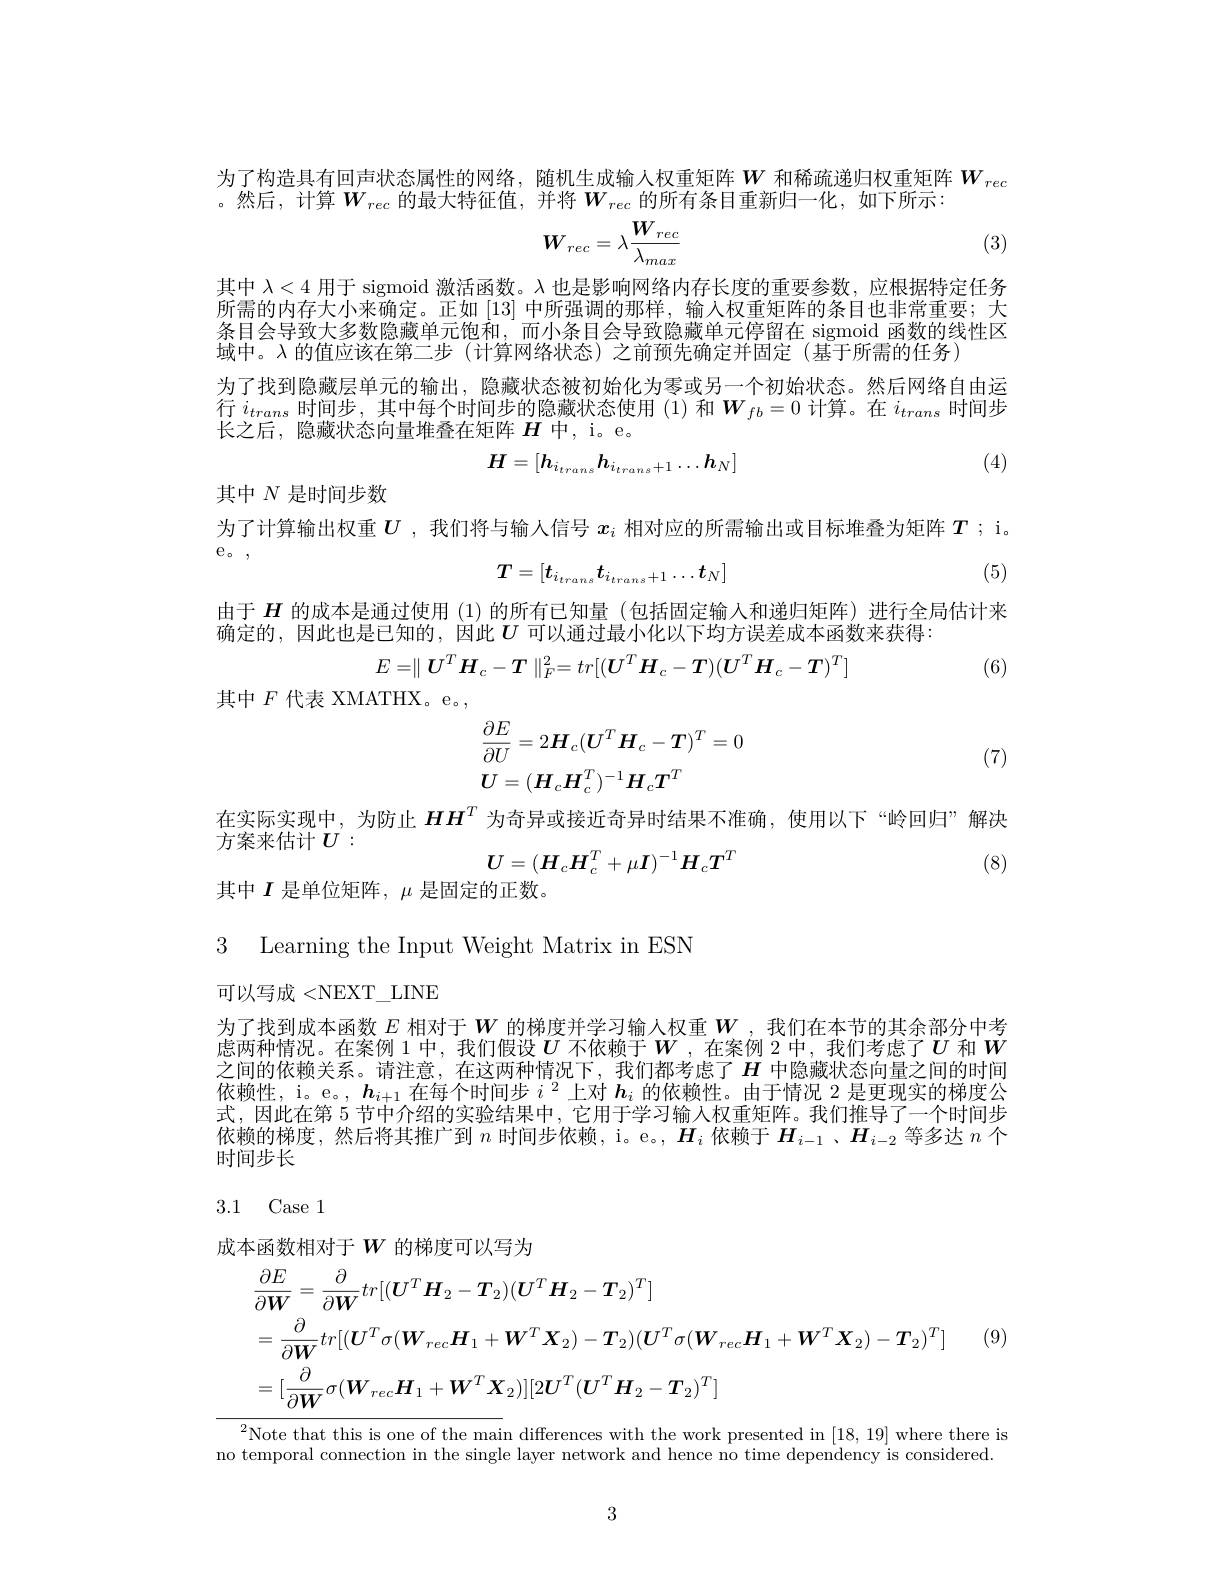
为了构造具有回声状态属性的网络，随机生成输人权重矩阵$W$ 和稀疏递归权重矩阵 $W_{rec}$
。然后，计算$W_rec$ 的最大特征值，并将$W_rec$ 的所有条目重新归一化，如下所示：
$$W_{rec}=\lambda\frac{W_{rec}}{\lambda_{max}}$$
(3)

其中$\lambda<4$用于 sigmoid 激活函数。$\lambda$也是影响网络内存长度的重要参数，应根据特定任务所需的内存大小来确定。正如[13]中所强调的那样，输入权重矩阵的条目也非常重要；大条目会导致大多数隐藏单元饱和，而小条目会导致隐藏单元停留在 sigmoid 函数的线性区域中。$\lambda$的值应该在第二步 (计算网络状态)之前预先确定并固定(基于所需的任务)
为了找到隐藏层单元的输出，隐藏状态被初始化为零或另一个初始状态。然后网络自由运行$i_trans$时间步，其中每个时间步的隐藏状态使用 (1)和$\boldsymbol W_fb=0$计算。在$i_trans$时间步长之后，隐藏状态向量堆叠在矩阵$H$中，i。e。
$$H=[h_{i_{trans}}h_{i_{trans}+1}\ldots h_N]$$
(4)

其中$N$是时间步数

为了计算输出权重$U$ ,我们将与输人信号$x_i$相对应的所需输出或目标堆叠为矩阵$T;$ i。

$\mathrm{e}_{\circ}$,

(5)
$$T=[t_{i_{trans}}t_{i_{trans}+1}\ldots t_N]$$
由于$H$的成本是通过使用 (1)的所有已知量 (包括固定输入和递归矩阵)进行全局估计来
确定的，因此也是已知的，因此$U$ 可以通过最小化以下均方误差成本函数来获得：
$$E=\parallel U^{T}H_{c}-T\parallel_{F}^{2}=tr[(U^{T}H_{c}-T)(U^{T}H_{c}-T)^{T}]$$
(6)
其中$F$代表 XMATHX。e。,
$$\begin{aligned}&\frac{\partial E}{\partial U}=2\boldsymbol{H}_{c}(\boldsymbol{U}^{T}\boldsymbol{H}_{c}-\boldsymbol{T})^{T}=0\\&\boldsymbol{U}=(\boldsymbol{H}_{c}\boldsymbol{H}_{c}^{T})^{-1}\boldsymbol{H}_{c}\boldsymbol{T}^{T}\end{aligned}$$
(7)

在实际实现中，为防止$HH^T$为奇异或接近奇异时结果不准确，使用以下“岭回归”解决

方案来估计$U:$
$$U=(H_cH_c^T+\mu I)^{-1}H_cT^T$$
(8)

其中$I$是单位矩阵，$\mu$是固定的正数。

3 Learning the Input Weight Matrix in ESN

可以写成<NEXT\_LINE

为了找到成本函数$E$相对于$W$的梯度并学习输人权重$W$ ,我们在本节的其余部分中考虑两种情况。在案例 1 中，我们假设$U$不依赖于$W$ ,在案例 2 中，我们考虑了$U$和$W$ 之间的依赖关系。请注意，在这两种情况下，我们都考虑了$H$ 中隐藏状态向量之间的时间依赖性，i。e。, $\boldsymbol{h}_{i+1}$在每个时间步$i^2$上对$\boldsymbol{h}_i$的依赖性。由于情况 2 是更现实的梯度公式，因此在第 5 节中介绍的实验结果中，它用于学习输人权重矩阵。我们推导了一个时间步依赖的梯度，然后将其推广到$n$时间步依赖，i。e。, $H_i$依赖于$H_i-1$、$H_{i-2}$等多达$n$个时间步长

## 3.1 Case 1

成本函数相对于$W$ 的梯度可以写为
$$\begin{aligned}&\frac{\partial E}{\partial\boldsymbol{W}}=\frac{\partial}{\partial\boldsymbol{W}}tr[(\boldsymbol{U}^{T}\boldsymbol{H}_{2}-\boldsymbol{T}_{2})(\boldsymbol{U}^{T}\boldsymbol{H}_{2}-\boldsymbol{T}_{2})^{T}]\\&=\frac{\partial}{\partial\boldsymbol{W}}tr[(\boldsymbol{U}^{T}\sigma(\boldsymbol{W}_{rec}\boldsymbol{H}_{1}+\boldsymbol{W}^{T}\boldsymbol{X}_{2})-\boldsymbol{T}_{2})(\boldsymbol{U}^{T}\sigma(\boldsymbol{W}_{rec}\boldsymbol{H}_{1}+\boldsymbol{W}^{T}\boldsymbol{X}_{2})-\boldsymbol{T}_{2})^{T}]\\&=[\frac{\partial}{\partial\boldsymbol{W}}\sigma(\boldsymbol{W}_{rec}\boldsymbol{H}_{1}+\boldsymbol{W}^{T}\boldsymbol{X}_{2})][2\boldsymbol{U}^{T}(\boldsymbol{U}^{T}\boldsymbol{H}_{2}-\boldsymbol{T}_{2})^{T}]\end{aligned}$$
$^{2}$Note that this is one of the main differences with the work presented in [18,19] where there is no temporal connection in the single layer network and hence no time dependency is considered.

3